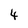
Character: 4